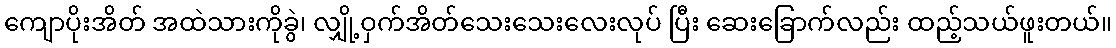
ကျောပိုးအိတ် အထဲသားကိုခွဲ၊ လျှို့ဝှက်အိတ်သေးသေးလေးလုပ် ပြီး ဆေးခြောက်လည်း ထည့်သယ်ဖူးတယ်။